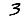
Digit: 3